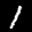
Label: 1